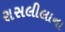
રાસલીલાના